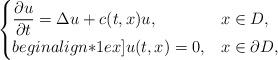
LaTeX: \begin{align*}\begin{cases}\displaystyle \frac{\partial u}{\partial t} = {\Delta} u + c(t,x) u, & x \in D,\\begin{align*}1ex]u(t,x) = 0, & x \in \partial D,\end{cases}\end{align*}